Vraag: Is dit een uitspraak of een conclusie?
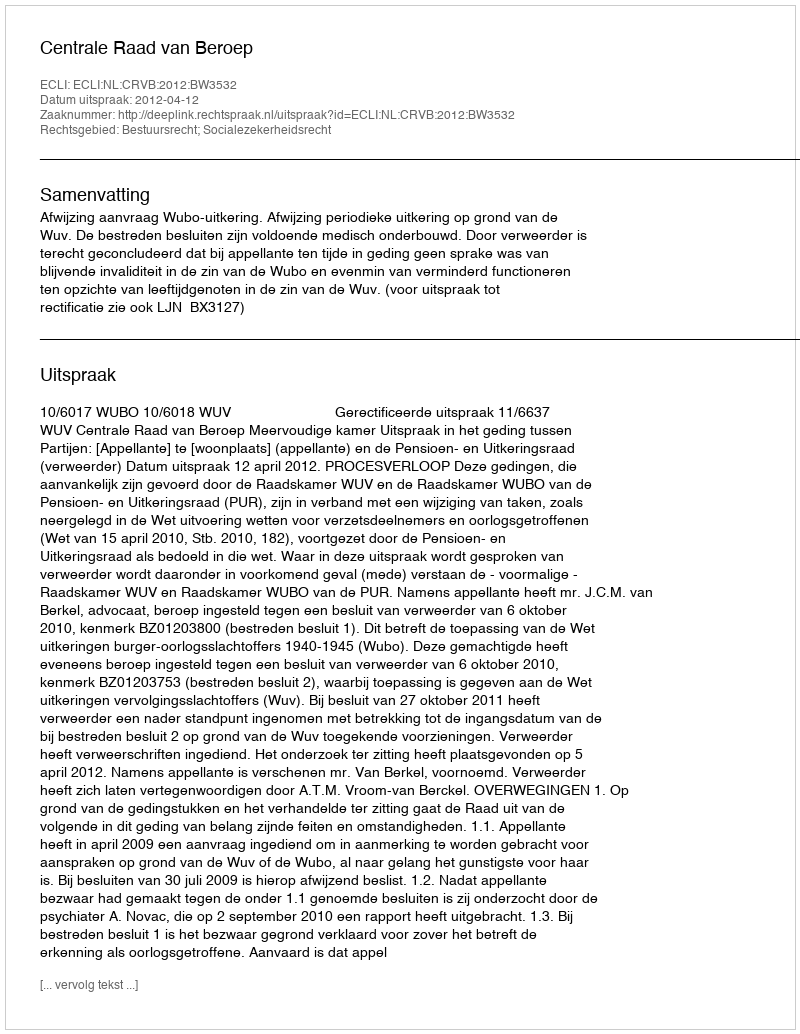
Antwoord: Uitspraak